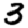
Digit: 3